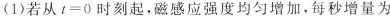
(1)若从$$t = 0$$时刻起，磁感应强度均匀增加，每秒增量为